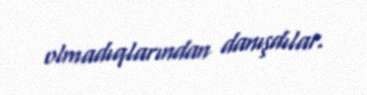
olmadıqlarından danışdılar.